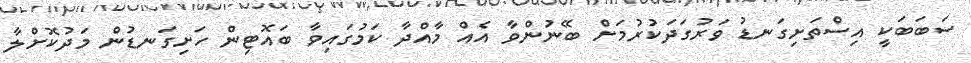
ސަބަބަކީ އިސްތަށިގަނޑު ވަރުގަދަކުރުމަށް ބޭނުންވާ އެއް މާއްދާ ކަމުގައިވާ ބައޮޓިން ހަށިގަނޑުން މަދުކޮށްލާ